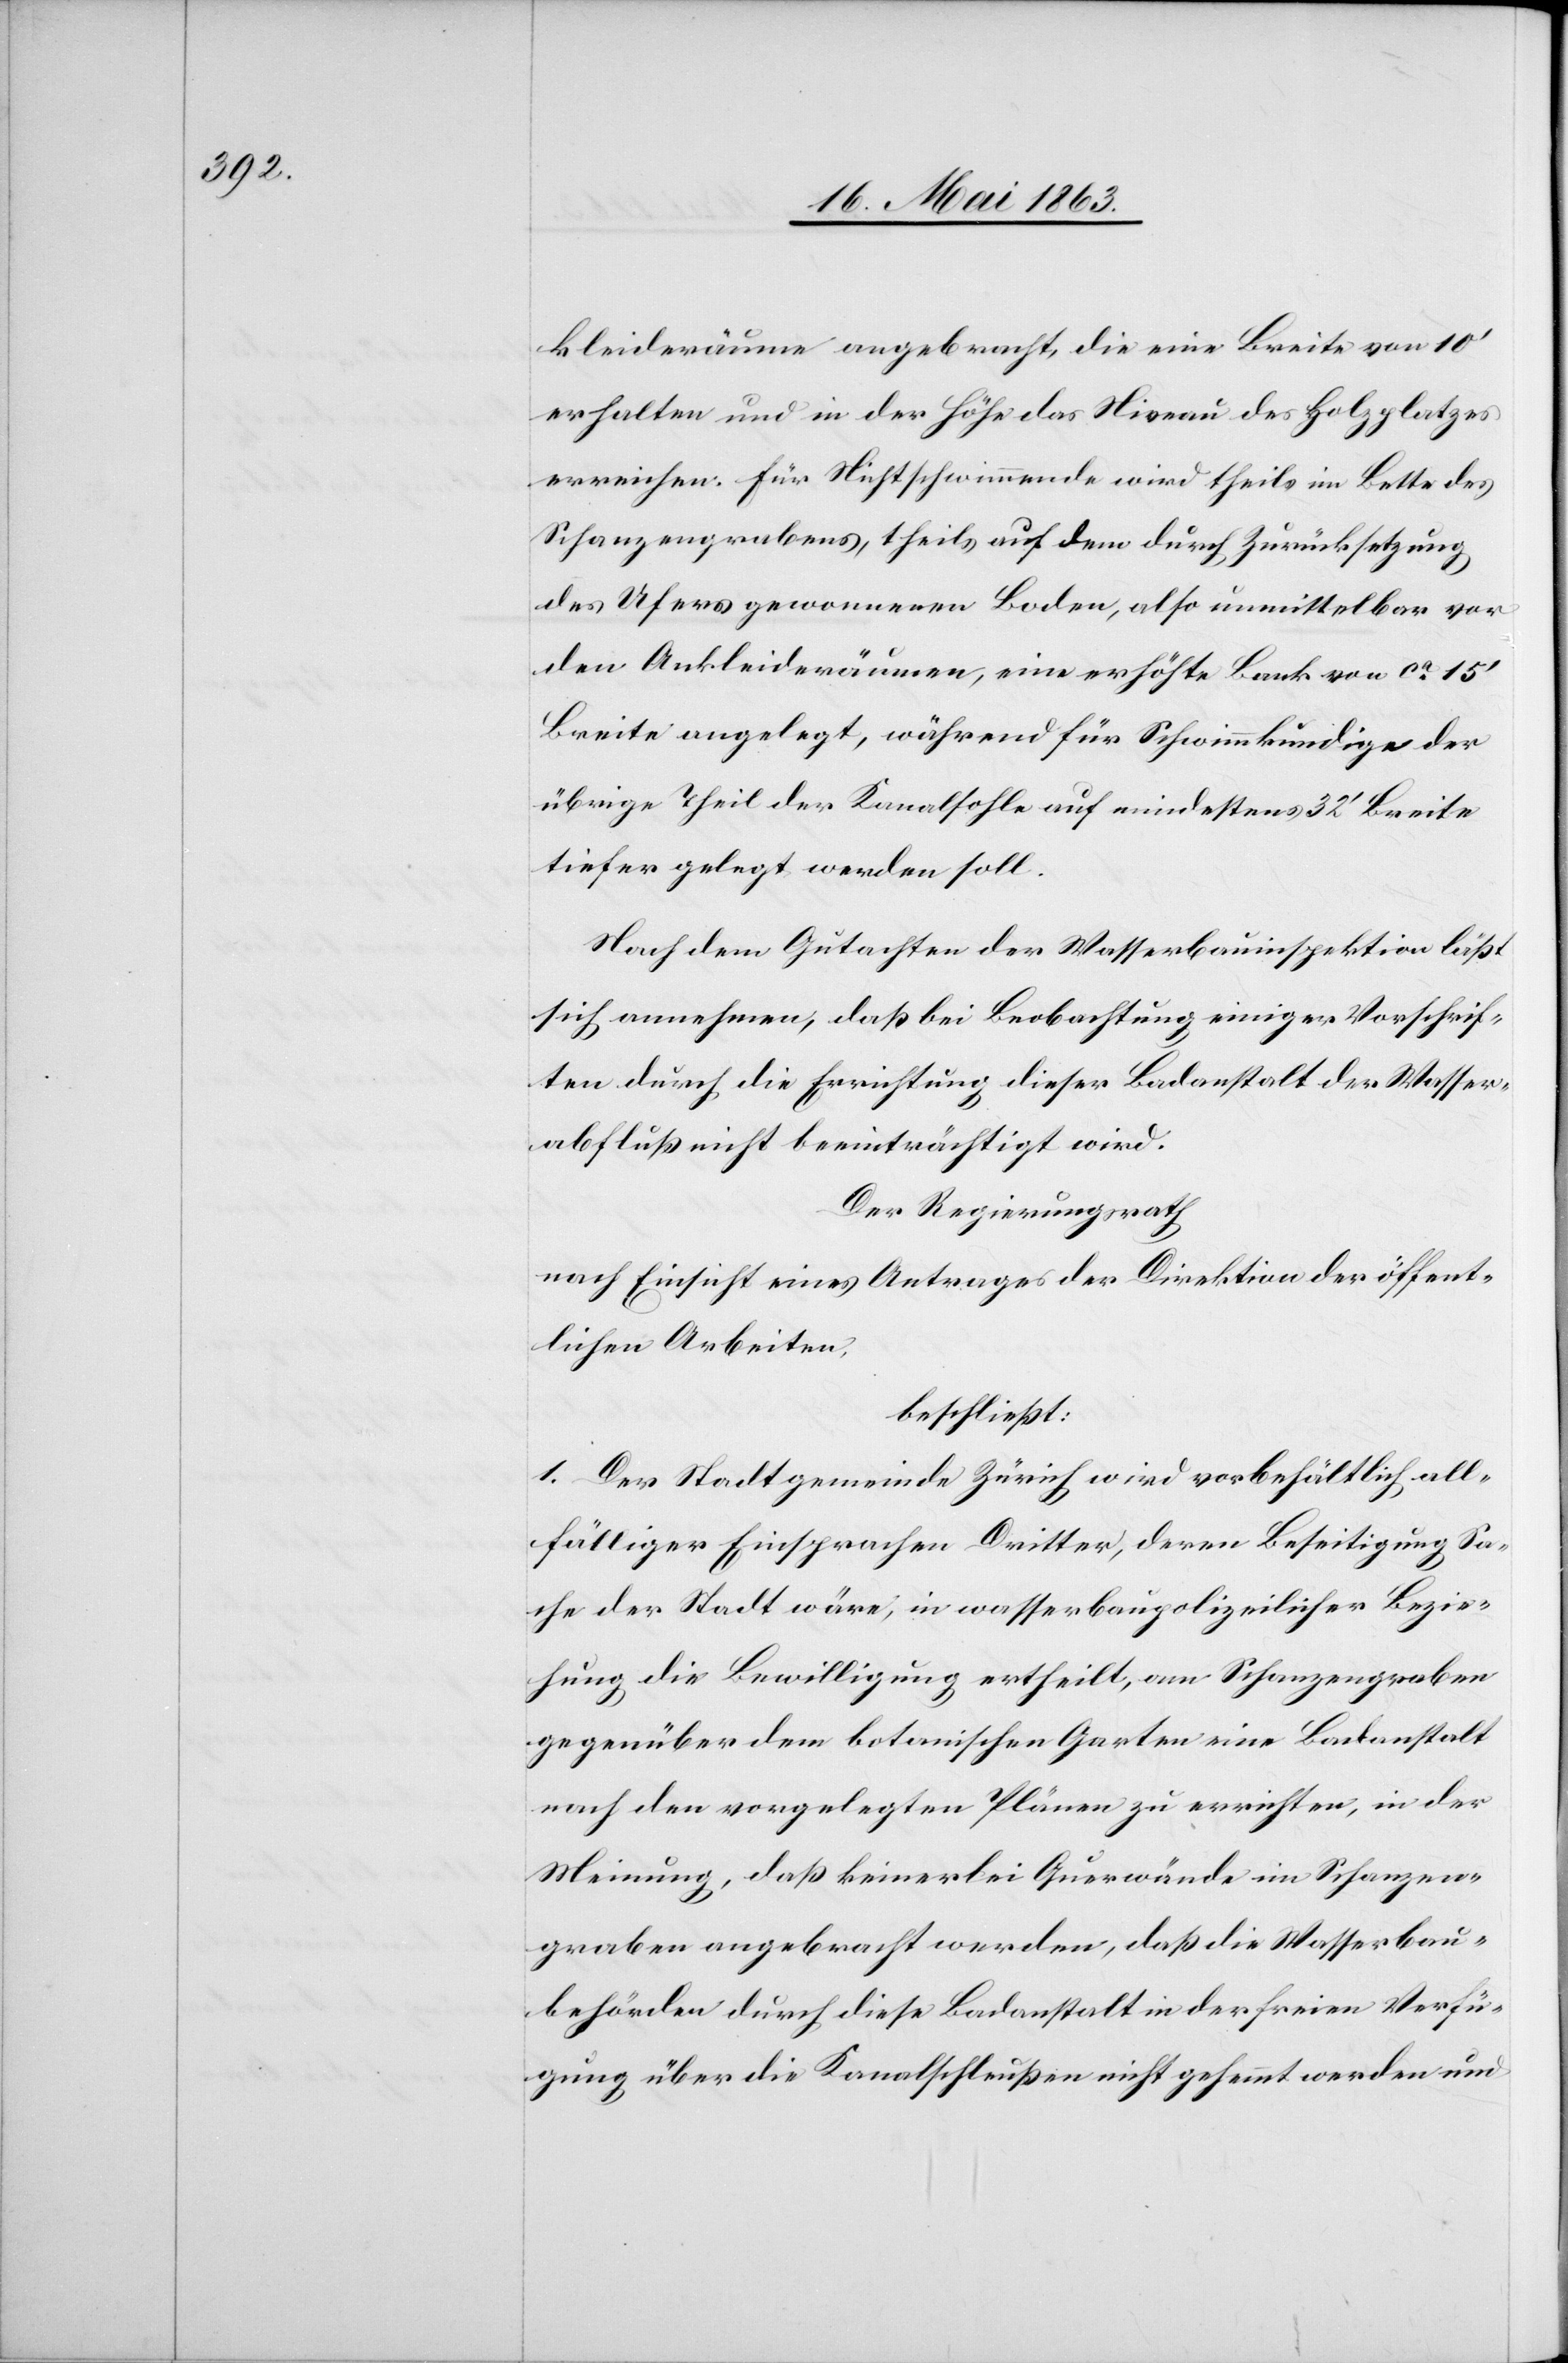
kleideräume angebracht, die eine Breite von 10'
erhalten und in der Höhe das Niveau des Holzplatzes
erreichen. Für Nichtschwimmende wird theils im Bette des
Schanzengrabens, theils auf dem durch Zurücksetzung
des Ufers gewonnenen Boden, also unmittelbar vor
den Ankleideräumen, eine erhöhte Bank von ca 15'
Breite angelegt, während für Schwimmkundige der
übrige Theil der Kanalsohle auf mindestens 32' Breite
tiefer gelegt werden soll.
Nach dem Gutachten der Wasserbauinspektion läßt
sich annehmen, daß bei Beobachtung einiger Vorschrif¬
ten durch die Errichtung dieser Badanstalt der Wasser¬
abfluß nicht beeinträchtigt wird.
Der Regierungsrath
nach Einsicht eines Antrages der Direktion der öffent¬
lichen Arbeiten,
beschließt:
1. Der Stadtgemeinde Zürich wird vorbehältlich all¬
fälliger Einsprachen Dritter, deren Beseitigung Sa¬
che der Stadt wäre, in wasserbaupolizeilicher Bezie¬
hung die Bewilligung ertheilt, am Schanzengraben
gegenüber dem botanischen Garten eine Badanstalt
nach den vorgelegten Plänen zu errichten, in der
Meinung, daß keinerlei Querwände im Schanzen¬
graben angebracht werden, daß die Wasserbau¬
behörde durch diese Badeanstalt in der freien Verfü¬
gung über die Kanalschleußen nicht gehemmt werden und